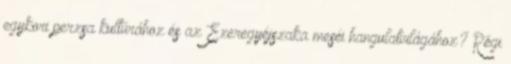
egykori perzsa kultúrához és az Ezeregyéjszaka meséi hangulatvilágához? Régi